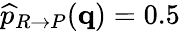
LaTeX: \widehat{p}_{R\rightarrow P}(\textbf{q})=0.5